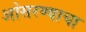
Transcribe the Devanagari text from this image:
ओसरण्याचा